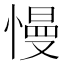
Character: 慢